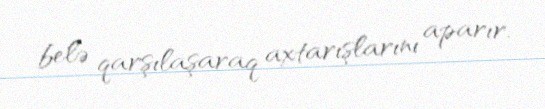
belə qarşılaşaraq axtarışlarını aparır.